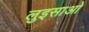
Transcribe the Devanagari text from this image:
लुइसाओ